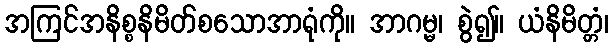
အကြင်အနိစ္စနိမိတ်စသောအာရုံကို။ အာဂမ္မ၊ စွဲ၍။ ယံနိမိတ္တံ၊